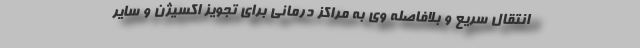
انتقال سریع و بلافاصله وی به مراکز درمانی برای تجویز اکسیژن و سایر